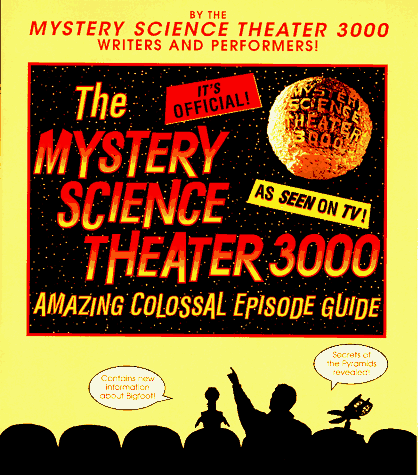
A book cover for The Mystery Science Theater 3000 Amazing Colossal Episode Guide; Trace Beaulieu; Humor & Entertainment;